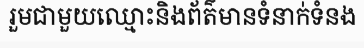
រួមជាមួយឈ្មោះនិងព័ត៌មានទំនាក់ទំនង